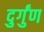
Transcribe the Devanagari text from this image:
दुर्गुंण